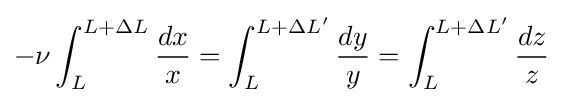
-\nu \int _{L}^{L+\Delta L}{\frac {dx}{x}}=\int _{L}^{L+\Delta L'}{\frac {dy}{y}}=\int _{L}^{L+\Delta L'}{\frac {dz}{z}}